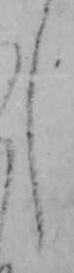
し